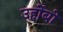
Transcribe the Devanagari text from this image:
उर्होबो